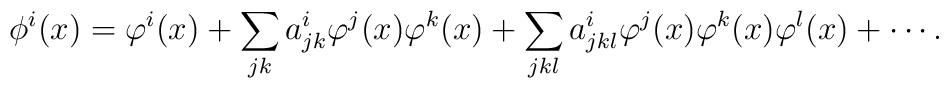
\phi^i(x)=\varphi^i(x)+\sum_{jk} a^i_{jk}\varphi^j(x)\varphi^k(x)+\sum_{jkl} a^i_{jkl}\varphi^j(x)\varphi^k(x)\varphi^l(x)+\cdots .